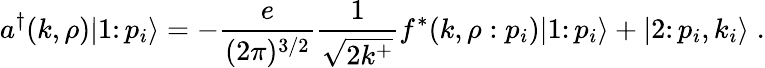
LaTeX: a^{\dagger}(k,\rho)\vert 1\colon p_{i}\rangle=-{\frac{e}{(2\pi)^{3/2}}}{\frac{1}{\sqrt{2k^{+}}}}f^{*}(k,\rho:p_{i})\vert 1\colon p_{i}\rangle+\vert 2\colon p_{i},k_{i}\rangle\; .